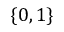
\{ 0 , 1 \}